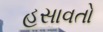
હસાવતો